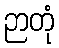
ဉာတုံ